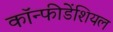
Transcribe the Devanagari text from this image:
कॉन्फीडेंशियल